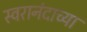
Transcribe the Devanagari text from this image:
स्वरानंदाच्या